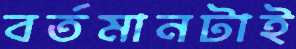
বর্তমানটাই